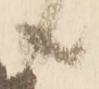
共